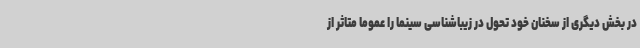
در بخش دیگری از سخنان خود تحول در زیباشناسی سینما را عموما متاثر از